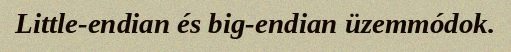
Little-endian és big-endian üzemmódok.